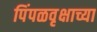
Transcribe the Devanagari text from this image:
पिंपळवृक्षाच्या